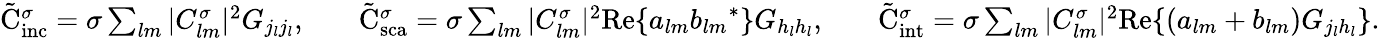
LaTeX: \begin{array}{rlrlr}{\tilde{\mathrm{{C}}}_{\mathrm{inc}}^{\sigma}=\sigma\sum_{lm}|C_{lm}^{\sigma}|^{2}G_{j_{l}j_{l}},}&{}&{\tilde{\mathrm{{C}}}_{\mathrm{sca}}^{\sigma}=\sigma\sum_{lm}|C_{lm}^{\sigma}|^{2}\mathrm{Re}\{ a_{lm}{b_{lm}}^{*}\} G_{h_{l}h_{l}},}&{}&{\tilde{\mathrm{{C}}}_{\mathrm{int}}^{\sigma}=\sigma\sum_{lm}|C_{lm}^{\sigma}|^{2}\mathrm{Re}\{ \left(a_{lm}+b_{lm}\right)G_{j_{l}h_{l}}\} .}\end{array}